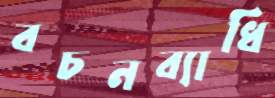
বচনব্যাধি